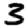
Digit: 3